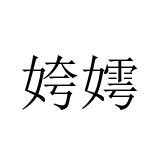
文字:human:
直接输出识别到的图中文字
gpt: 姱嫮